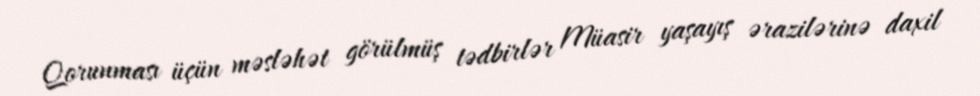
Qorunması üçün məsləhət görülmüş tədbirlər Müasir yaşayış ərazilərinə daxil